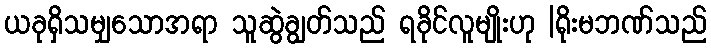
ယခုရှိသမျှသောအရာ သူဆွဲချွတ်သည် ရခိုင်လူမျိုးဟု |ရိုးမဘဏ်သည်